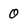
Character: 0